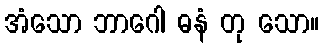
အံသော ဘာဂေါ ဓနံ တု သော။